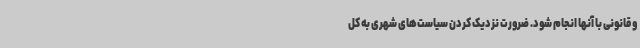
و قانونی با آنها انجام شود. ضرورت نزدیک کردن سیاست‌های شهری به کل